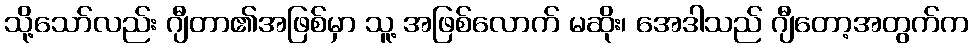
သို့သော်လည်း ဂျီတာ၏အဖြစ်မှာ သူ့ အဖြစ်လောက် မဆိုး၊ အေဒါသည် ဂျီတော့အတွက်က